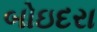
બોઇદરા